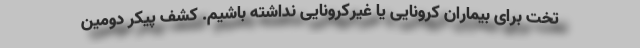
تخت برای بیماران کرونایی یا غیرکرونایی نداشته باشیم. کشف پیکر دومین